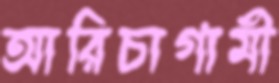
আরিচাগামী